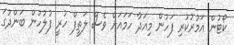
ކޯޓުން އަމުރުކުރި ފަހުން މިއަދާ ހަމައަށް ވެސް ލަތީފް ހުރީ ފުލުހުން ބަންދުގަ